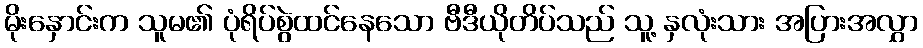
မိုးနှောင်းက သူမ၏ ပုံရိပ်စွဲထင်နေသော ဗီဒီယိုတိပ်သည် သူ့ နှလုံးသား အပြားအလွှာ